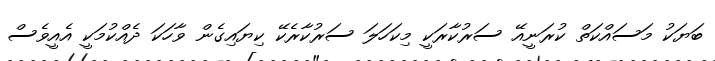
ބަޔަކު މަސައްކަތް ކުރަނީއޭ ސަރުކާރަކީ މިކަހަލަ ސަރުކާރެކޭ ކިޔައިގެން ވާހަކަ ދެއްކުމަކީ އެއީވެސް